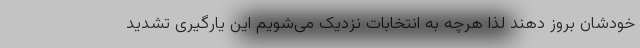
خودشان بروز دهند لذا هرچه به انتخابات نزدیک می‌شویم این یارگیری تشدید